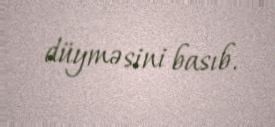
düyməsini basıb.